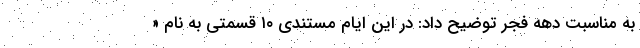
به مناسبت دهه فجر توضیح داد: در این ایام مستندی ۱۰ قسمتی به نام «